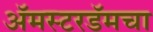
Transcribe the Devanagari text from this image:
अॅमस्टरडॅमचा